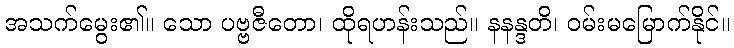
အသက်မွေး၏။ သော ပဗ္ဗဇီတော၊ ထိုရဟန်းသည်။ နနန္ဒတိ၊ ဝမ်းမမြောက်နိုင်။